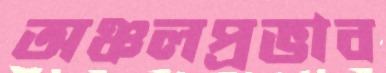
অঞ্চলপ্রভাব